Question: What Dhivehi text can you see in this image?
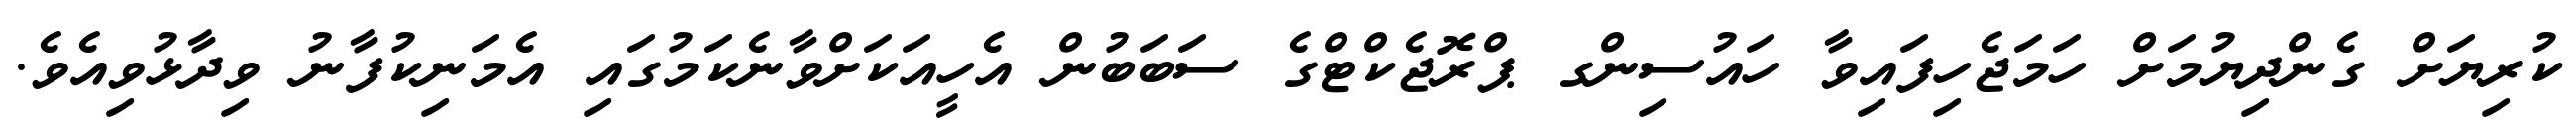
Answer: ކުރިޔަށް ގެންދިޔުމަށް ހަމަޖެހިފައިވާ ހައުސިންގ ޕްރޮޖެކްޓްގެ ސަބަބުން އެހީއަކަށްވާނެކަމުގައި އެމަނިކުފާނު ވިދާޅުވިއެވެ.